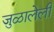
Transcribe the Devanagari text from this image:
जुळालेली